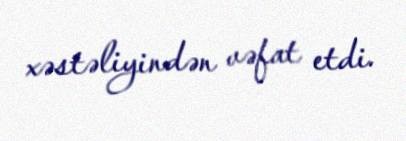
xəstəliyindən vəfat etdi.